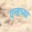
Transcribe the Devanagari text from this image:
एन्डच्या